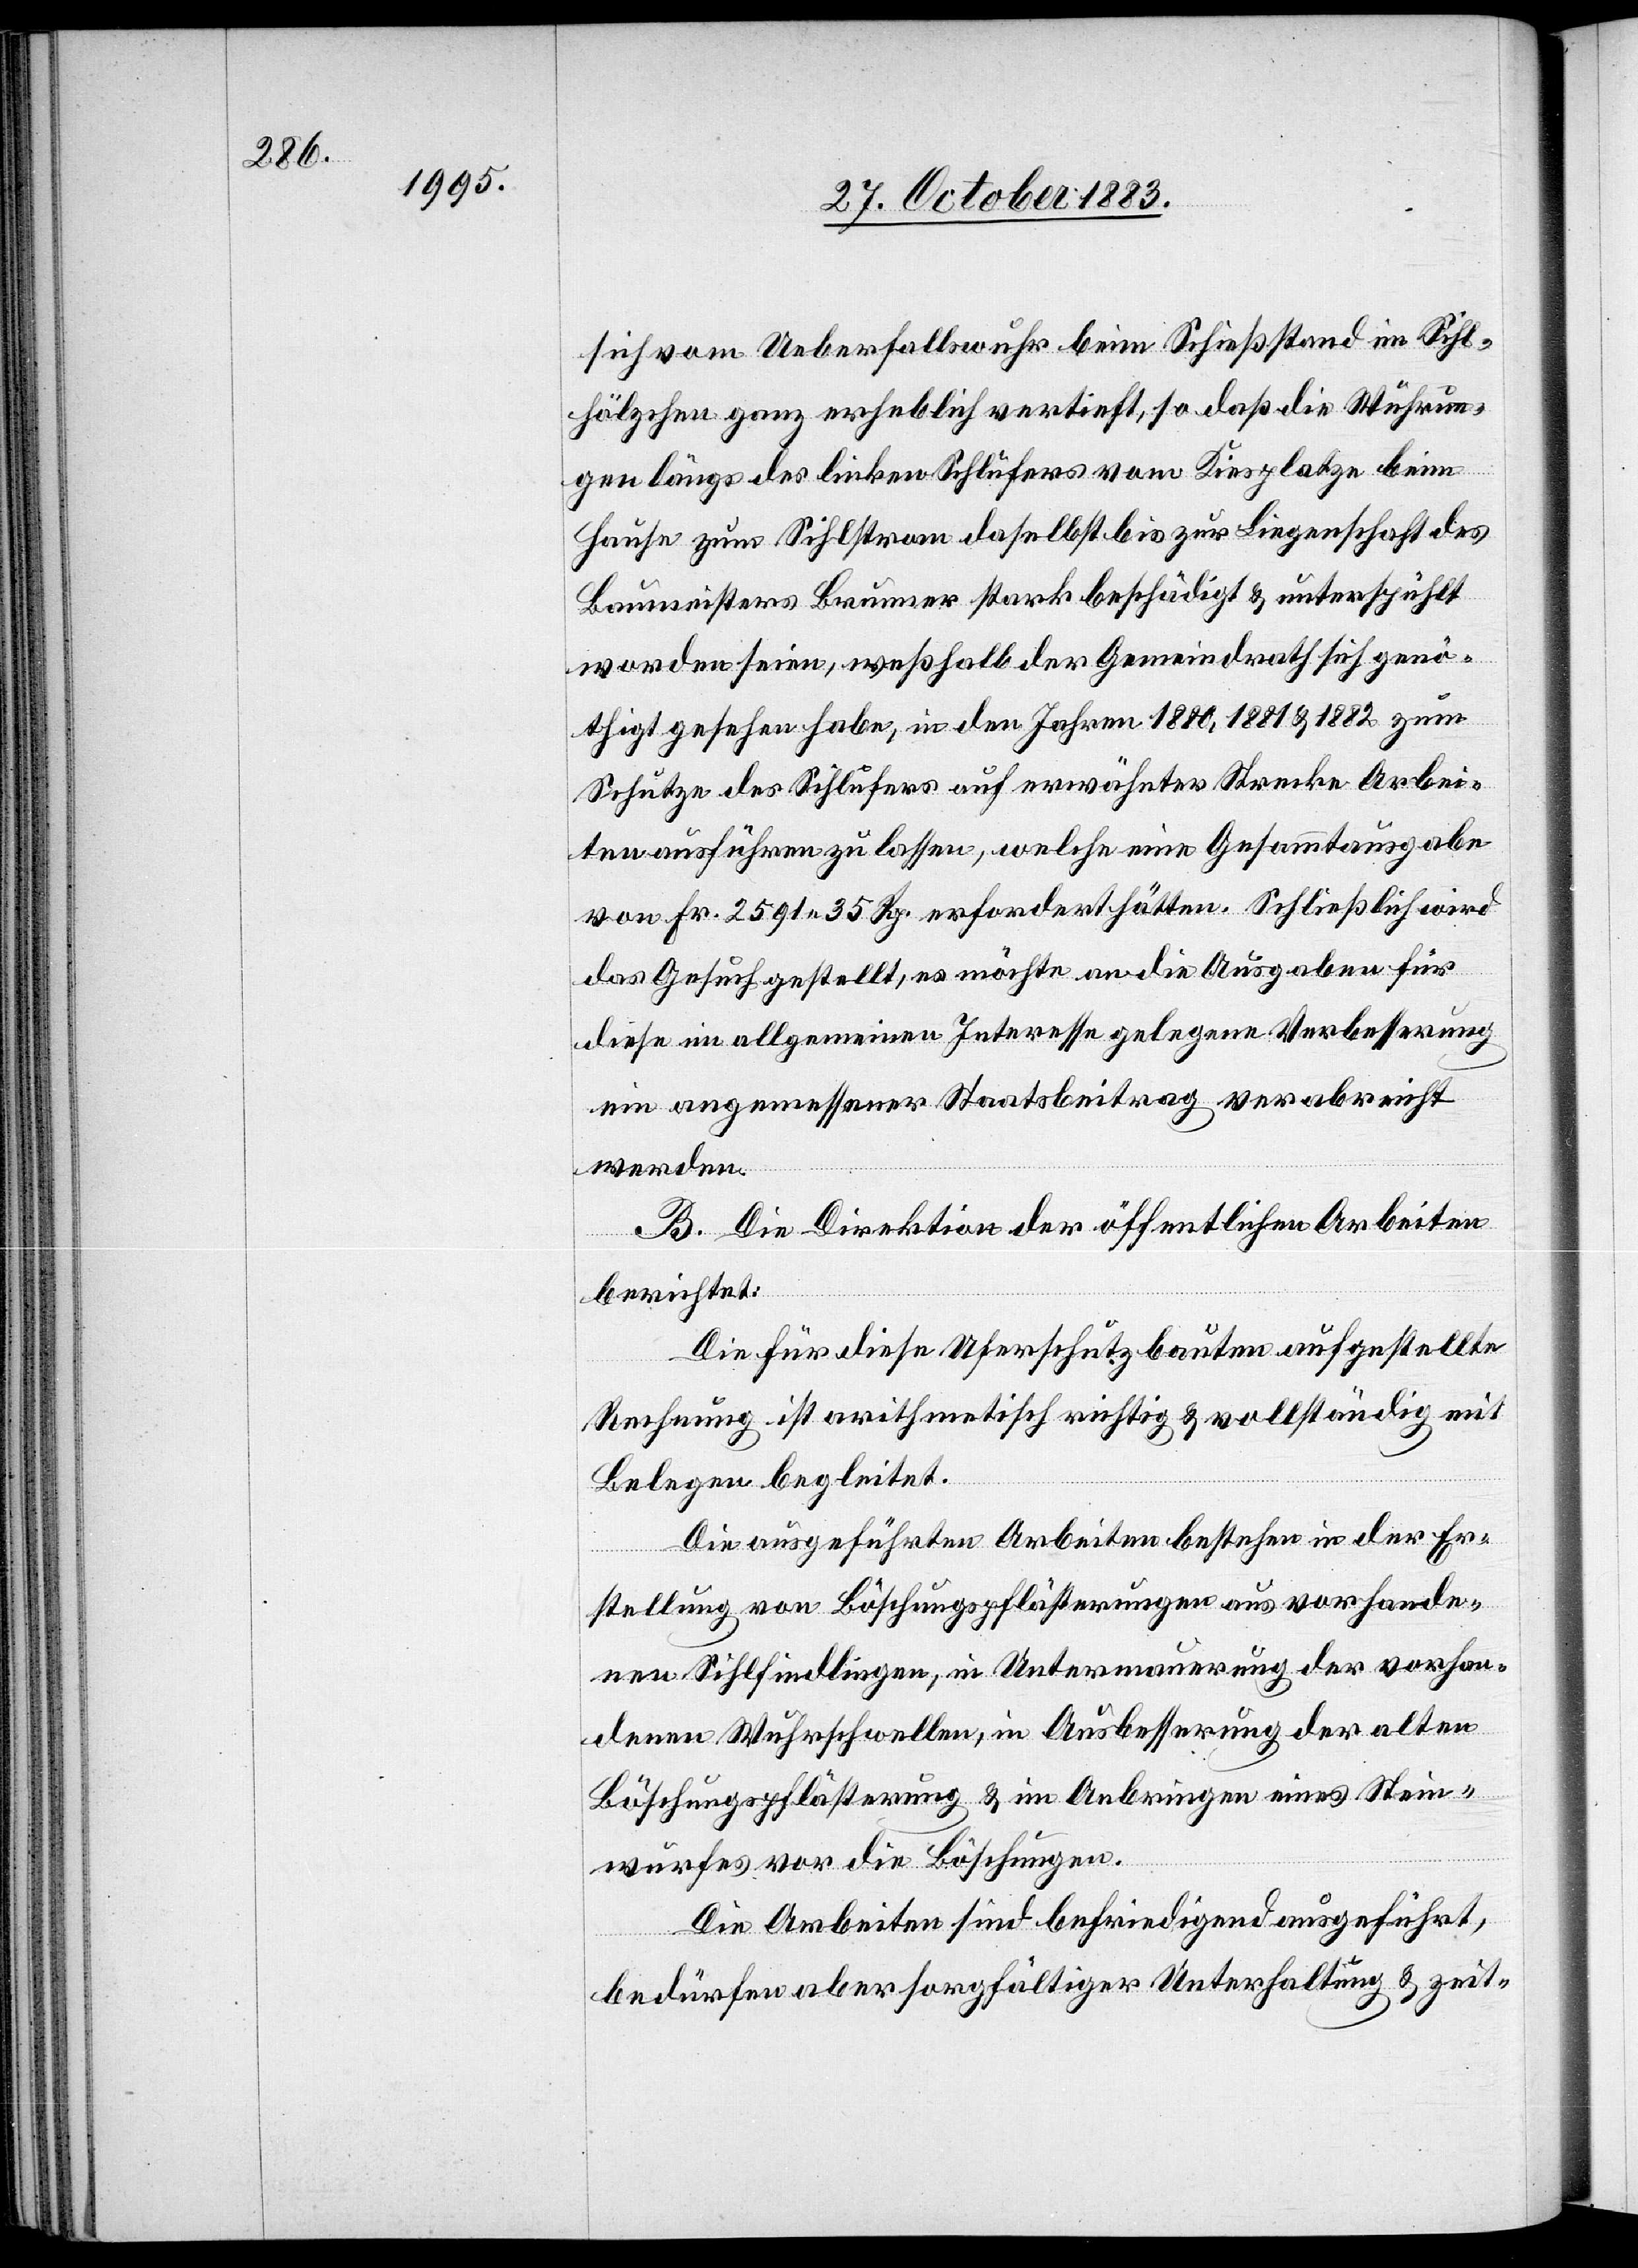
sich vom Ueberfallswuhr beim Schießstand im Sihl¬
hölzchen ganz erheblich vertieft, so daß die Wuhrun¬
gen längs des linken Sihlufers vom Kiesplatze beim
Hause zum Sihlstrom daselbst bis zur Liegenschaft des
Baumeisters Brunner stark beschädigt & unterspühlt
worden seien, weßhalb der Gemeindrath sich genö¬
thigt gesehen habe, in den Jahren 1880, 1881 & 1882 zum
Schutze des Sihlufers auf erwähnter Strecke Arbei¬
ten ausführen zu lassen, welche eine Gesammtausgabe
von Fr. 2591 35 Rp. erfordert hätten. Schließlich wird
das Gesuch gestellt, es möchte an die Ausgaben für
diese im allgemeinen Interesse gelegene Verbesserung
ein angemessener Staatsbeitrag verabreicht
werden.
B. Die Direktion der öffentlichen Arbeiten
berichtet:
Die für diese Uferschutzbauten aufgestellte
Rechnung ist arithmetisch richtig & vollständig mit
Belegen begleitet.
Die ausgeführten Arbeiten bestehen in der Er¬
stellung von Böschungspflästerungen aus vorhande¬
nen Sihlfindlingen, in Untermauerung der vorhan¬
denen Wuhrschwellen, in Ausbesserung der alten
Böschungspflästerung & im Anbringen eines Stein¬
wurfes vor die Böschungen.
Die Arbeiten sind befriedigend ausgeführt,
bedürfen aber sorgfältiger Unterhaltung & zeit-